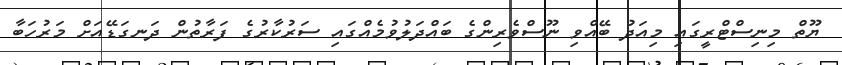
ޔޫތް މިނިސްޓްރީގައި މިއަދު ބޭއްވި ނޫސްވެރިންގެ ބައްދަލުވުމެއްގައި ސަރުކާރުގެ ފަރާތުން ދަނގަޑޭއަށް މަރުހަބާ